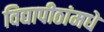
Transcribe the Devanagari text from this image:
विद्यापीठांमधे